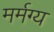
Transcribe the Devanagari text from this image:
मर्मग्य